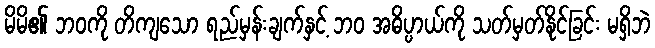
မိမိ၏ ဘဝကို တိကျသော ရည်မှန်းချက်နှင့် ဘဝ အဓိပ္ပာယ်ကို သတ်မှတ်နိုင်ခြင်း မရှိဘဲ